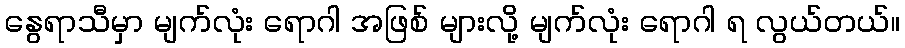
နွေရာသီမှာ မျက်လုံး ရောဂါ အဖြစ် များလို့ မျက်လုံး ရောဂါ ရ လွယ်တယ်။